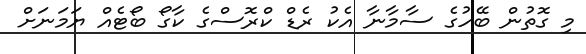
މި ގޮތުން ބޭހުގެ ސާމާނާ އެކު ރެޑް ކްރޮސްގެ ކާގޯ ބޯޓެއް ޔަމަނަށް